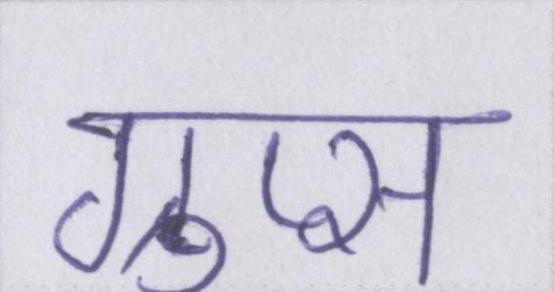
ग्रुप्स